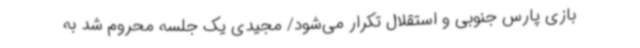
بازی پارس جنوبی و استقلال تکرار می‌شود/ مجیدی یک جلسه محروم شد به